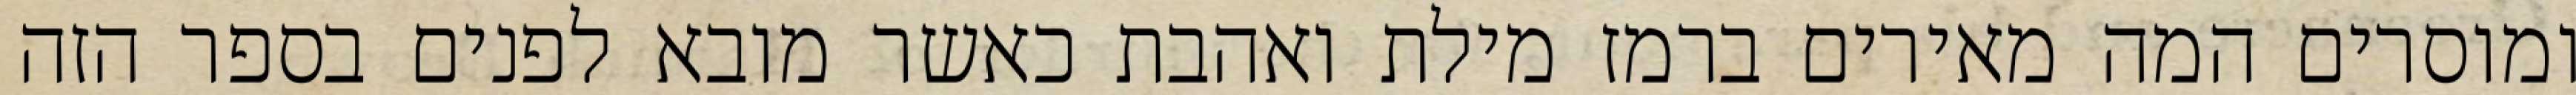
ומוסרים המה מאירים ברמז מילת ואהבת כאשר מובא לפנים בספר הזה